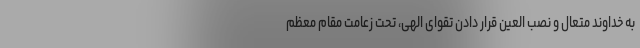
به خداوند متعال و نصب العین قرار دادن تقوای الهی، تحت زعامت مقام معظم